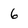
Character: 6